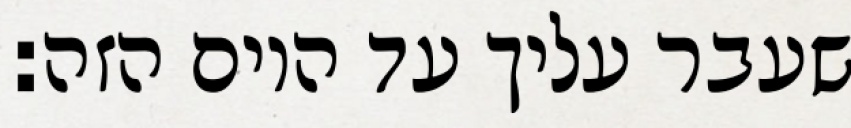
שעבר עליך עד היום הזה: